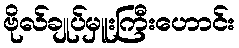
ဗိုလ်ချုပ်မှူးကြီးဟောင်း